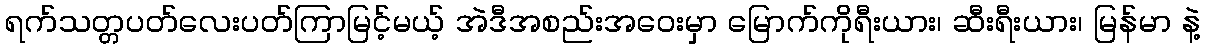
ရက်သတ္တပတ်လေးပတ်ကြာမြင့်မယ့် အဲဒီအစည်းအဝေးမှာ မြောက်ကိုရီးယား၊ ဆီးရီးယား၊ မြန်မာ နဲ့